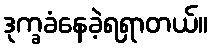
ဒုက္ခခံနေခဲ့ရရှာတယ်။